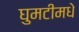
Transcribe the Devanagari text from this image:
घुमटीमधे